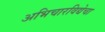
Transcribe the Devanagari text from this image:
अभिचारविद्येचा